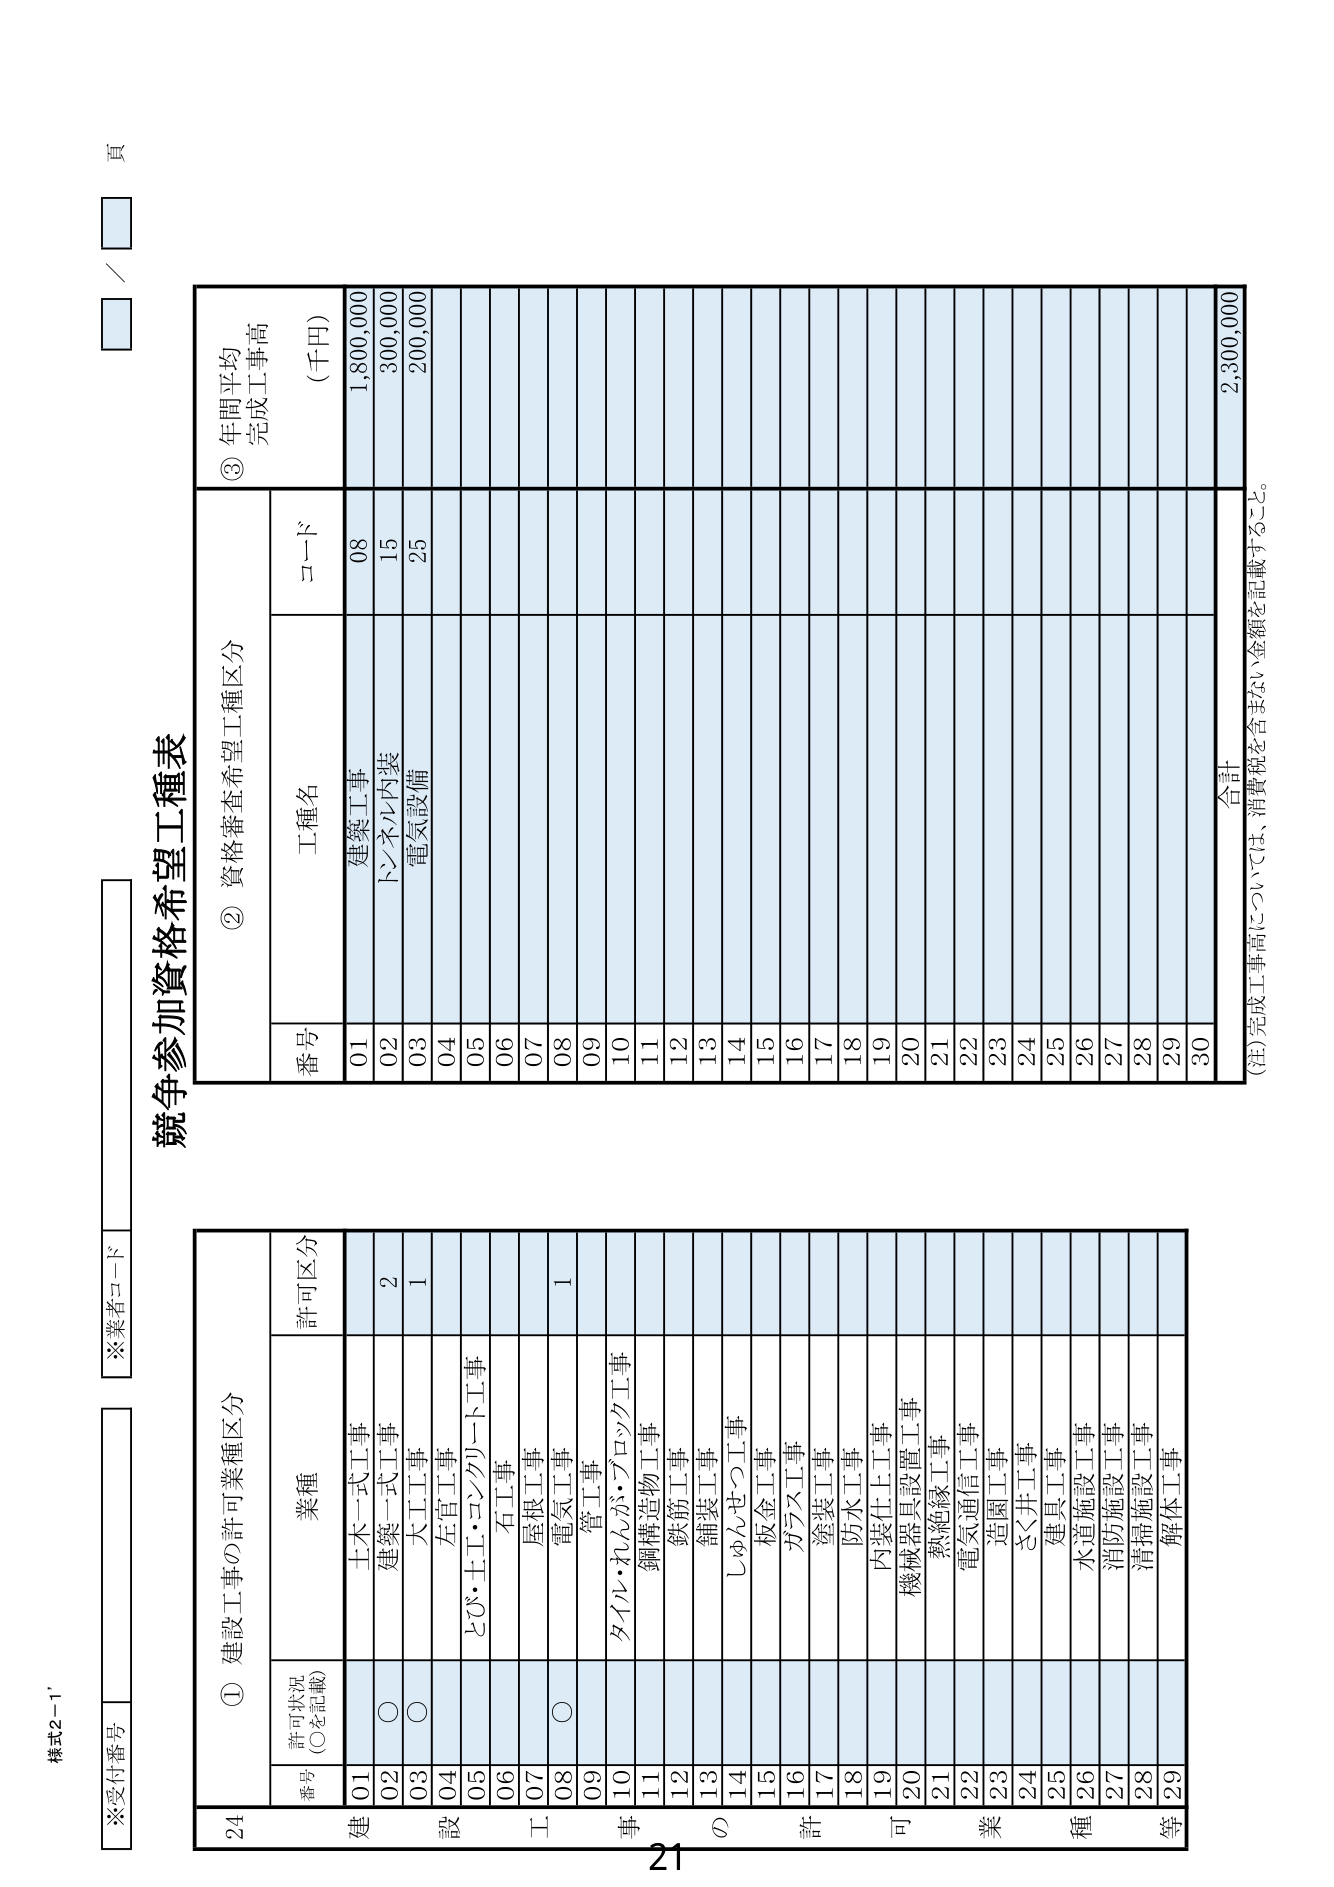
様式2-1'

※受付番号
※業者コード

競争参加資格希望工種表

① 建設工事の許可業種区分
番号 許可状況 (○を記載) 業種 許可区分
01 土木一式工事 2
02 ○ 建築一式工事 2
03 ○ 火工工事 1
04 左官工事
05 とび・土工・コンクリート工事
06 石工事
07 屋根工事
08 ○ 電気工事 1
09 管工事
10 タイル・れんが・ブロック工事
11 鋼構造物工事
12 鉄筋工事
13 鋪装工事
14 しゅんせつ工事
15 板金工事
16 フラス工事
17 塗装工事
18 防水工事
19 内装仕上工事
20 機械器具設置工事
21 熱絶縁工事
22 電気通信工事
23 造園工事
24 さく井工事
25 建具工事
26 水道施設工事
27 消防施設工事
28 清掃施設工事
29 解体工事

② 資格審査希望工種区分
番号 工種名 コード
01 建築工事 08
02 トンネル内装 15
03 電気設備 25
04
05
06
07
08
09
10
11
12
13
14
15
16
17
18
19
20
21
22
23
24
25
26
27
28
29
30

③ 年間平均完成工事高 (千円)
1,800,000
300,000
200,000
合計 2,300,000

(注) 完成工事高については、消費税を含まない金額を記載すること。

21

頁